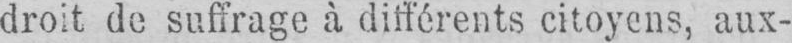
droit de suffrage à différents citoyens, aux-